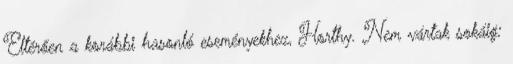
Eltérően a korábbi hasonló eseményekhez, Horthy. Nem vártak sokáig: